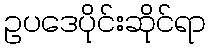
ဥပဒေပိုင်းဆိုင်ရာ